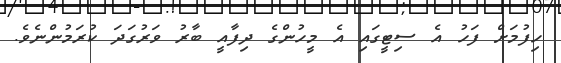
ހިފުމަށް ފަހު އެ ސިޓީގައި އެ މީހުންގެ ދިފާއީ ބާރު ވަރުގަދަ ކުރަމުންނެވެ.